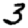
Digit: 3